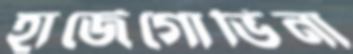
হার্জেগোভিনা